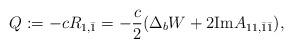
LaTeX: \begin{align*}Q:=-cR_{1,\bar{1}}=-\frac{c}{2}(\Delta _{b}W+2\mathrm{Im}A_{11,\bar{1}\bar{1}}), \end{align*}